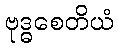
ဗုဒ္ဓစေတိယံ